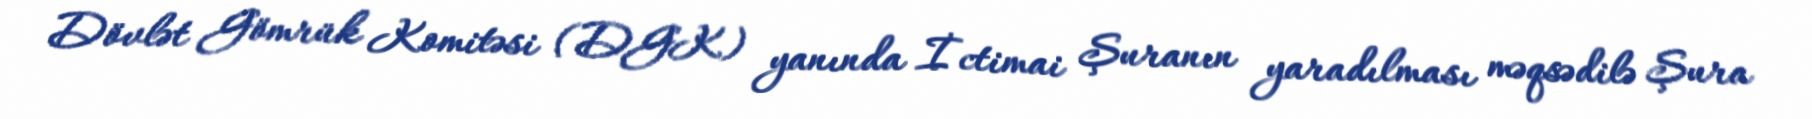
Dövlət Gömrük Komitəsi (DGK) yanında İctimai Şuranın yaradılması məqsədilə Şura